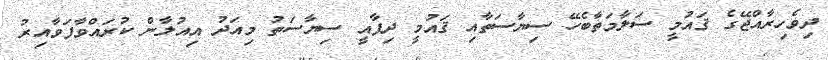
ދިވެހިރާއްޖޭގެ ޤައުމީ ސަލާމަތާބެހޭ ސިޔާސަތާއި ޤައުމީ ދިފާއީ ސިޔާސަތު މިއަދު އިއުލާން ކުރައްވާފަވާއިރު